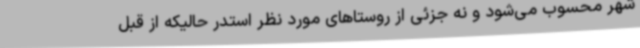
شهر محسوب می‌شود و نه جزئی از روستاهای مورد نظر استدر حالیکه از قبل